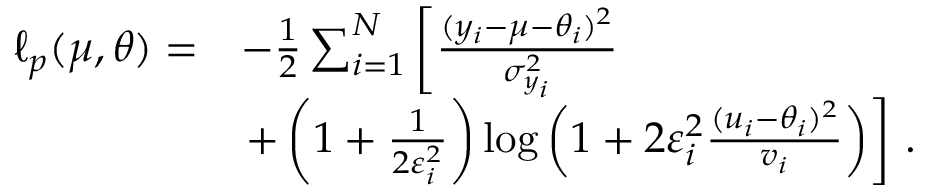
\begin{array} { r l } { \ell _ { p } ( \mu , \boldsymbol { \theta } ) = } & { - \frac { 1 } { 2 } \sum _ { i = 1 } ^ { N } \left[ \frac { ( y _ { i } - \mu - \theta _ { i } ) ^ { 2 } } { \sigma _ { y _ { i } } ^ { 2 } } \right. } \\ & { \left. + \left( 1 + \frac { 1 } { 2 \varepsilon _ { i } ^ { 2 } } \right) \log \left( 1 + 2 \varepsilon _ { i } ^ { 2 } \frac { ( u _ { i } - \theta _ { i } ) ^ { 2 } } { v _ { i } } \right) \right] \, . } \end{array}